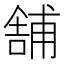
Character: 舗